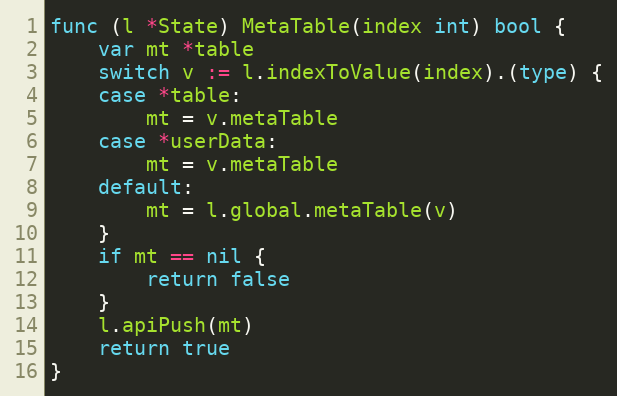
Language: Go
func (l *State) MetaTable(index int) bool {
	var mt *table
	switch v := l.indexToValue(index).(type) {
	case *table:
		mt = v.metaTable
	case *userData:
		mt = v.metaTable
	default:
		mt = l.global.metaTable(v)
	}
	if mt == nil {
		return false
	}
	l.apiPush(mt)
	return true
}